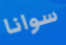
سوانا